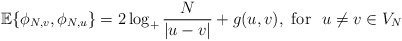
\begin{align*}\mathbb{E}\{\phi_{N,v},\phi_{N,u}\}= 2\log_{+}\frac{N}{|u - v|} + g(u,v), \mbox{ for}\,\, \,\, u \ne v \in V_N\end{align*}